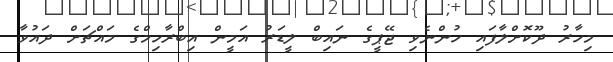
މިހާރު ދޫކޮށްލާފައި ހުންނެވި ޖޭޕީގެ ނައިބް ލީޑަރު އަމީން އިބްރާހިމްގެ މައްޗަށް ދައުވާ